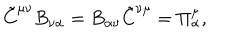
LaTeX: \tilde { C } ^ { \mu \nu } B _ { \nu \alpha } = B _ { \alpha \nu } \tilde { C } ^ { \nu \mu } = \Pi _ { \alpha } ^ { \mu } ,